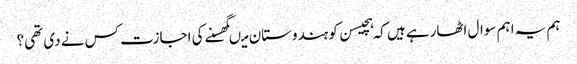
ہم یہ اہم سوال اٹھارہے ہیں کہ ہچیسن کو ہندوستان میںگھسنے کی اجازت کس نے دی تھی؟